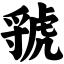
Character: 虢